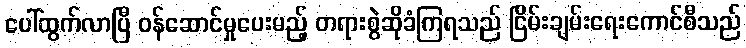
ပေါ်ထွက်လာပြီ ဝန်ဆောင်မှုပေးမည့် တရားစွဲဆိုခံကြရသည် ငြိမ်းချမ်းရေးကောင်စီသည်